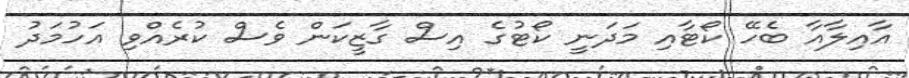
އާއިލާއާ ބެހޭ ކޯޓާއި މަދަނީ ކޯޓުގެ އިސް ގާޒީކަން ވެސް ކުރެއްވި އަހުމަދު